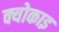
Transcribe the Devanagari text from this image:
क्योकाइ